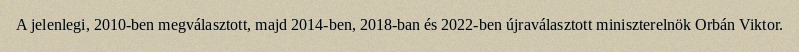
A jelenlegi, 2010-ben megválasztott, majd 2014-ben, 2018-ban és 2022-ben újraválasztott miniszterelnök Orbán Viktor.